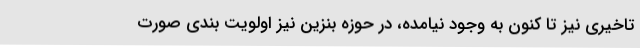
تاخیری نیز تا کنون به وجود نیامده، در حوزه بنزین نیز اولویت بندی صورت